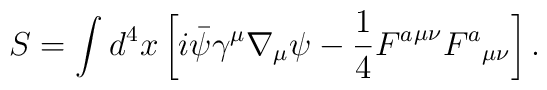
S=\int^{}_{}d^4x\left[i\bar{\psi}\gamma^\mu\nabla_\mu \psi-\frac{1}{4}{F^a}^{\mu\nu}{F^a}_{\mu\nu}\right].